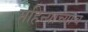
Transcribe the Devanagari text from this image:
महिन्याच्याच